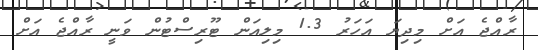
ރާއްޖެ އަށް މިދިޔަ އަހަރު 1.3 މިލިއަން ޓޫރިސްޓުން ވަނީ ރާއްޖެ އަށް